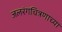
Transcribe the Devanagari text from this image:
जलरंगचित्रणाच्या